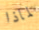
لماذا